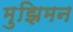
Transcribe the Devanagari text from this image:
मुझिमन